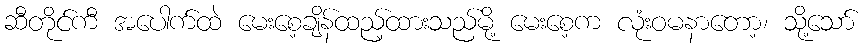
ဆီတိုင်ကီ အပေါက်ထဲ မေးစေ့ချိန်ထည့်ထားသည်မို့ မေးစေ့က လုံးဝမနာတော့၊ သို့သော်